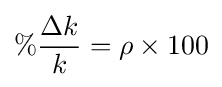
\%{\Delta k \over k}=\rho \times 100